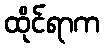
ထိုင်ရာက